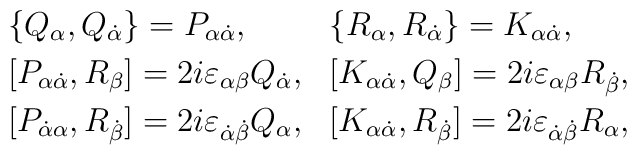
\begin{array}{ll}\{Q_\alpha ,Q_{\dot{\alpha}}\}=P_{\alpha\dot{\alpha}}, & \{R_\alpha ,R_{\dot{\alpha}}\}=K_{\alpha \dot \alpha }, \\ [1mm] [P_{\alpha \dot{\alpha}},R_{\beta} ]=2i\varepsilon_{\alpha \beta }Q_{\dot{\alpha}}, & [K_{\alpha\dot{\alpha}},Q_{\beta}]=2i\varepsilon_{\alpha \beta }R_{\dot{\beta}}, \\[1mm] [P_{\dot{\alpha} \alpha },R_{\dot{\beta}}]=2i\varepsilon_{\dot{\alpha}\dot{\beta}}Q_{\alpha} , & [K_{\alpha \dot{\alpha}},R_{\dot{\beta}}]=2i\varepsilon_{\dot{\alpha}\dot{\beta}}R_{\alpha},\end{array}